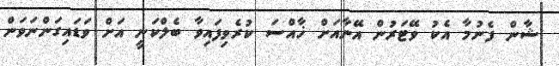
ޝާން ފެނުމާ އެކު ވޭޓަރުން އޭނާއަށް ޚާއްސަ ކުރެވިފައިވާ ބެލްކަނީ އަށް ވަޑައިގަންނަވަން